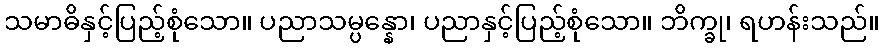
သမာဓိနှင့်ပြည့်စုံသော။ ပညာသမ္ပန္နော၊ ပညာနှင့်ပြည့်စုံသော။ ဘိက္ခု၊ ရဟန်းသည်။